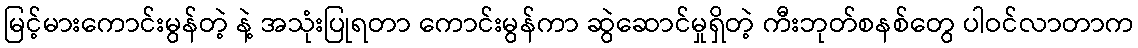
မြင့်မားကောင်းမွန်တဲ့ နဲ့ အသုံးပြုရတာ ကောင်းမွန်ကာ ဆွဲဆောင်မှုရှိတဲ့ ကီးဘုတ်စနစ်တွေ ပါဝင်လာတာက